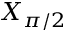
X _ { \pi / 2 }